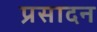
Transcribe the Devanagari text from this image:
प्रसादन